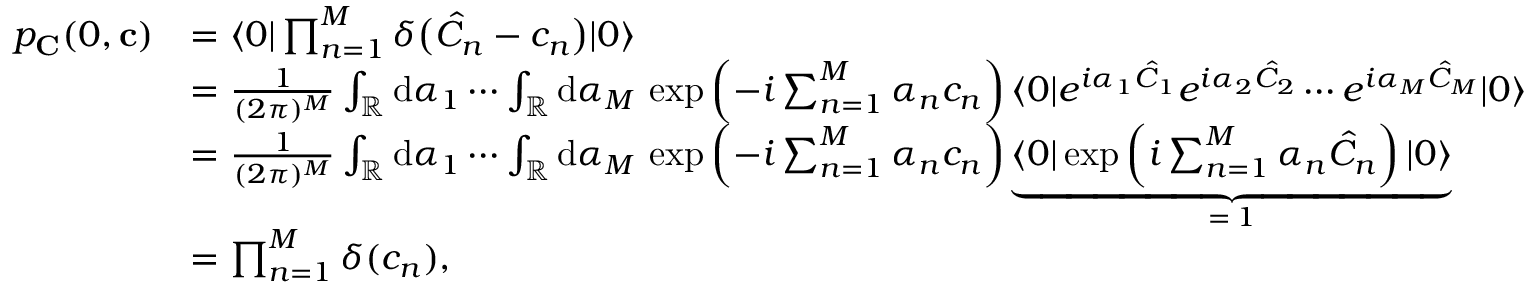
\begin{array} { r l } { p _ { \mathbf { C } } ( 0 , \mathbf { c } ) } & { = \langle 0 | \prod _ { n = 1 } ^ { M } \delta \bigl ( \hat { C } _ { n } - c _ { n } \bigr ) | 0 \rangle } \\ & { = \frac { 1 } { ( 2 \pi ) ^ { M } } \int _ { \mathbb { R } } \mathrm { d } \alpha _ { 1 } \cdots \int _ { \mathbb { R } } \mathrm { d } \alpha _ { M } \, \exp \left( - i \sum _ { n = 1 } ^ { M } \alpha _ { n } c _ { n } \right) \langle 0 | e ^ { i \alpha _ { 1 } \hat { C } _ { 1 } } e ^ { i \alpha _ { 2 } \hat { C } _ { 2 } } \cdots e ^ { i \alpha _ { M } \hat { C } _ { M } } | 0 \rangle } \\ & { = \frac { 1 } { ( 2 \pi ) ^ { M } } \int _ { \mathbb { R } } \mathrm { d } \alpha _ { 1 } \cdots \int _ { \mathbb { R } } \mathrm { d } \alpha _ { M } \, \exp \left( - i \sum _ { n = 1 } ^ { M } \alpha _ { n } c _ { n } \right) \underbrace { \langle 0 | \exp \left( i \sum _ { n = 1 } ^ { M } \alpha _ { n } \hat { C } _ { n } \right) | 0 \rangle } _ { = \, 1 } } \\ & { = \prod _ { n = 1 } ^ { M } \delta ( c _ { n } ) , } \end{array}